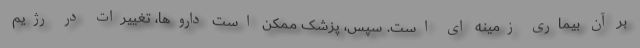
بر آن بیماری زمینه ای است. سپس، پزشک ممکن است داروها، تغییرات در رژیم